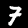
Digit: 7